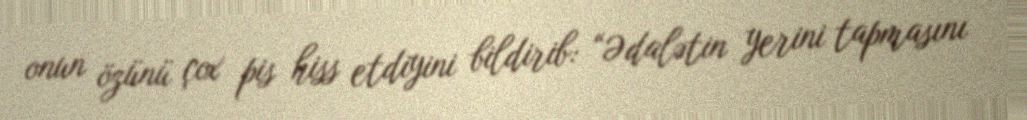
onun özünü çox pis hiss etdiyini bildirib: “Ədalətin yerini tapmasını